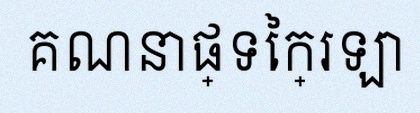
គណនាផ្ទៃក្រឡា